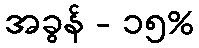
အခွန် - ၁၅%